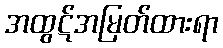
အထွဋ်အမြတ်ထားရာ